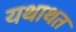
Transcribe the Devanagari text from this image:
यथाथत